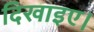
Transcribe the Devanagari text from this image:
दिखाइए।